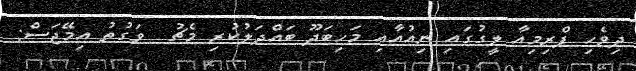
ދިވެހި ޕްރިމިއާ ލީގުގައި ނިއުއާއި މަހިބަދޫ ބައްދަލުކުރި މެޗު  ވަގުތު އިމޭޖަސް: